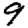
Digit: 9